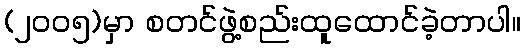
(၂၀၀၅)မှာ စတင်ဖွဲ့စည်းထူထောင်ခဲ့တာပါ။